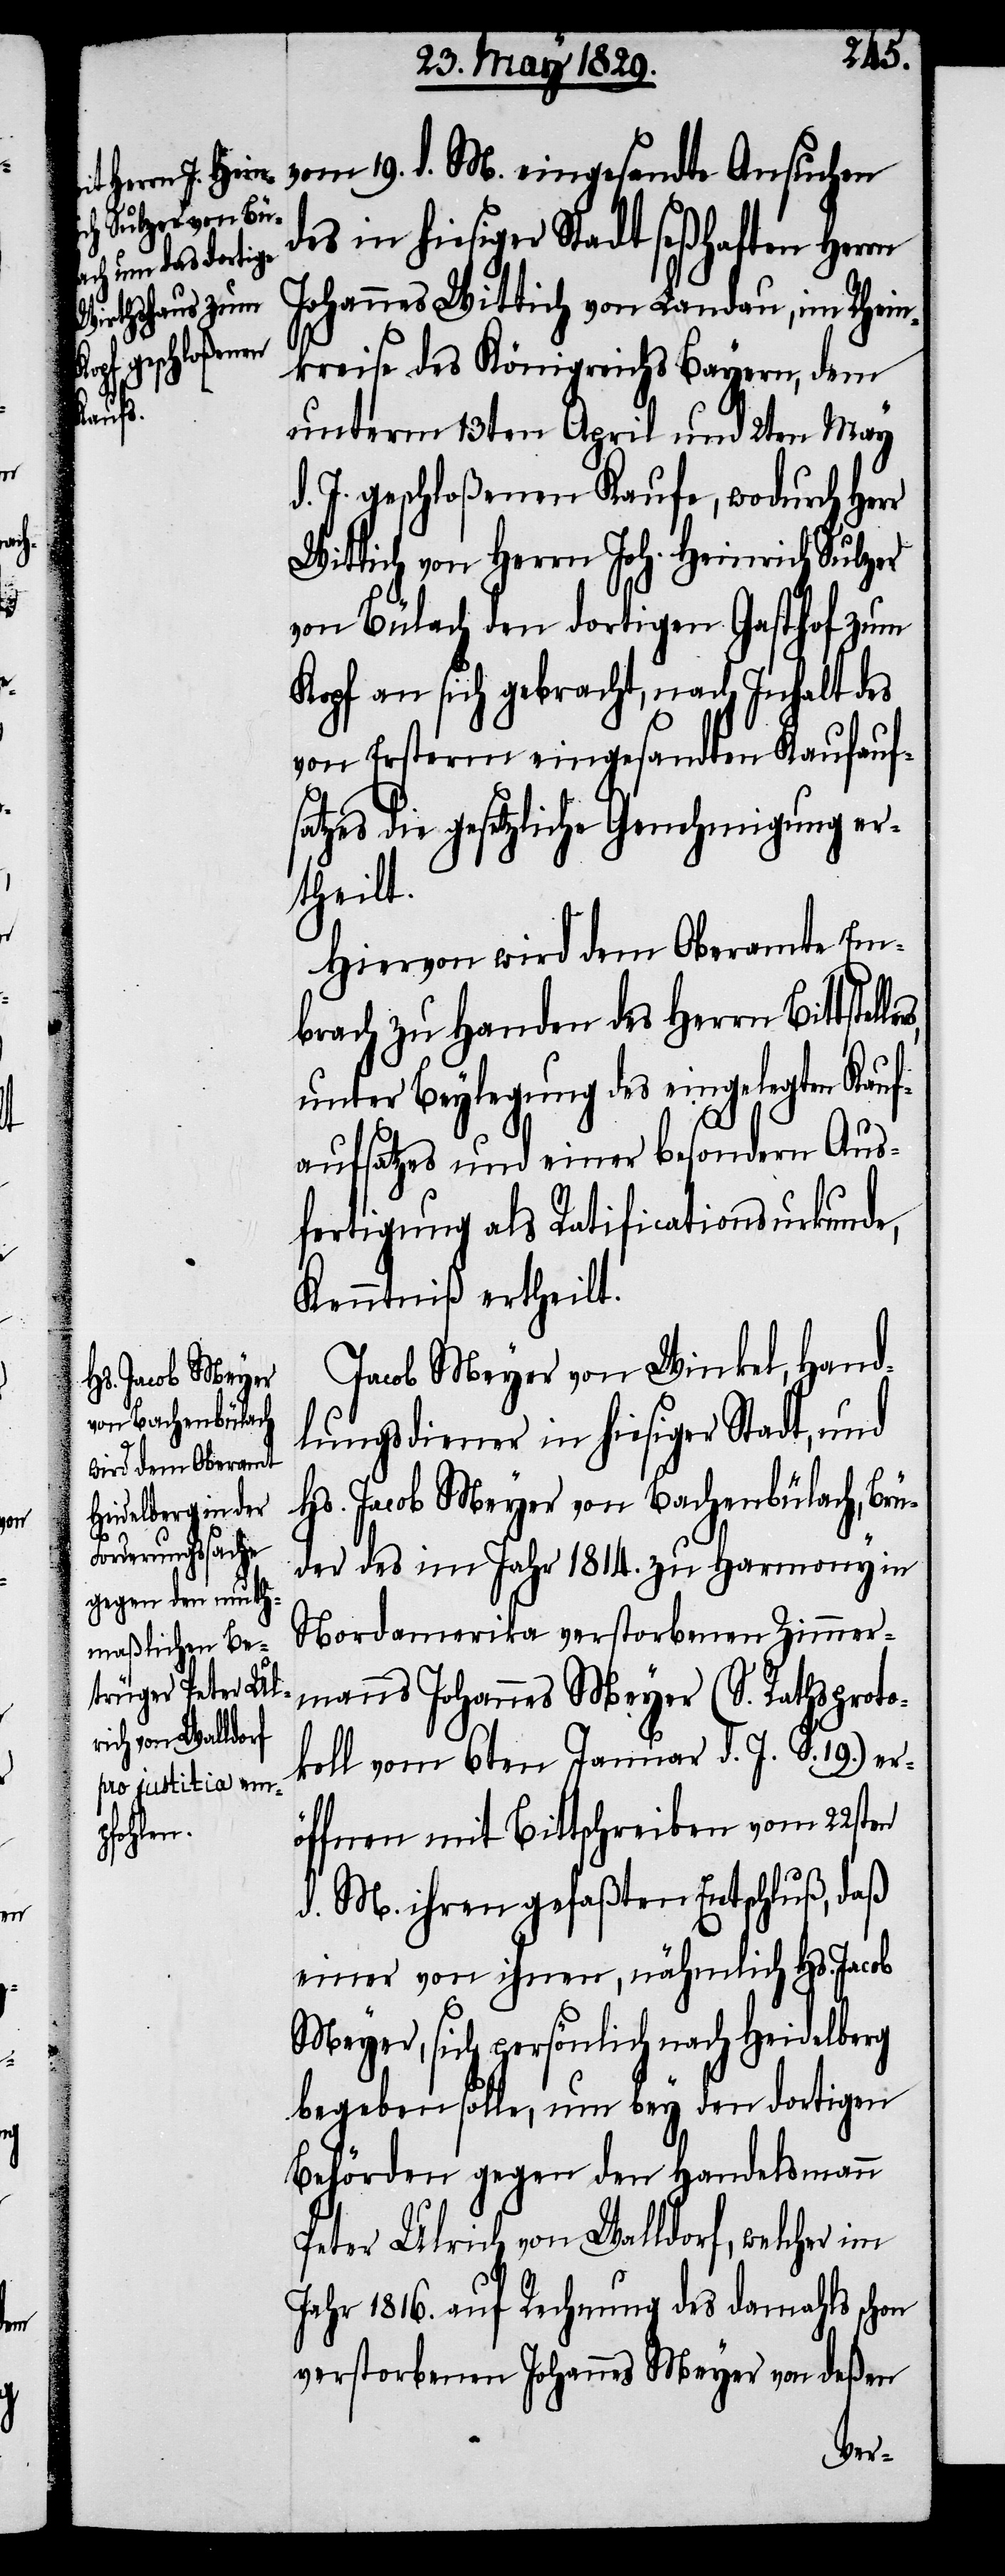
lers,

vom 19. d. M. eingesandte Ansuchen
des in hiesiger Stadt seßhaften Herrn
Johannes Wittich von Landau, im Rhein¬
kreise des Königreichs Bayern, dem
unterm 13ten April und 2ten May
d. J. geschloßenen Kaufe, wodurch Herr
Wittich von Herrn Joh. Heinrich Sulzer
von Bülach den dortigen Gasthof zum
Kopf an sich gebracht, nach Inhalt des
von Ersterm eingesandten Kaufauf¬
satzes die gesetzliche Genehmigung er¬
theilt.
Hiervon wird dem Oberamt Em¬
brach zu Handen des Herrn Bittstel¬
unter Beylegung des eingelegten Kauf¬
aufsatzes und einer besondern Aus¬
fertigung als Ratificationsurkunde,
Kenntniß ertheilt.
Jacob Meyer von Winkel, Hand¬
lungsdiener in hiesiger Stadt, und
Hs. Jacob Meyer von Bachenbülach, Br¬
üder des im Jahr 1814. zu Harmony in
Nordamerika verstorbenen Zimmer¬
manns Johannes Meyer (S. Rathsproto¬
koll vom 6ten Januar d. J. S. 19.) er¬
öffnen mit Bittschreiben vom 22sten
d. M. ihren gefaßten Entschluß, daß
einer von ihnen, nähmlich Hs. Jacob
Meyer, sich persönlich nach Heidelberg
begeben solle, um bey den dortigen
Behörden gegen den Handelsmann
Peter Ulrich von Walldorf, welcher im
Jahr 1816. auf Rechnung des damahls schon
verstorbenen Johannes Meyer von deßen